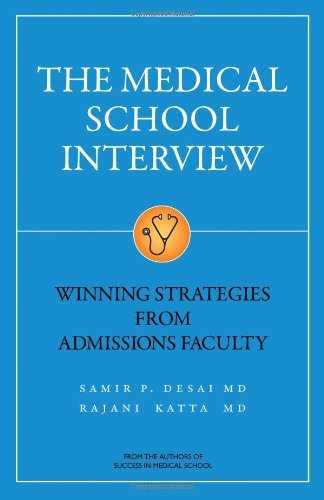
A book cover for The Medical School Interview: Winning Strategies from Admissions Faculty; Samir P. Desai; Medical Books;